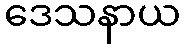
ဒေသနာယ